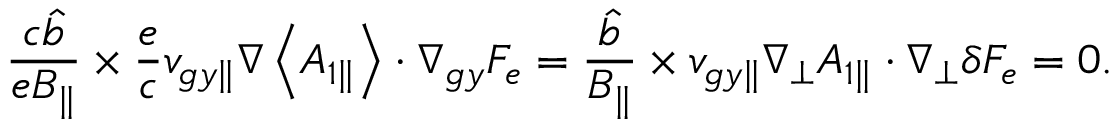
\frac { c \hat { b } } { e B _ { \parallel } } \times \frac { e } { c } { v } _ { g y \parallel } \nabla \left< A _ { 1 \parallel } \right> \boldsymbol { \cdot } \nabla _ { g y } F _ { e } = \frac { \hat { b } } { B _ { \parallel } } \times { v } _ { g y \parallel } \nabla _ { \perp } A _ { 1 \parallel } \boldsymbol { \cdot } \nabla _ { \perp } \delta F _ { e } = 0 .